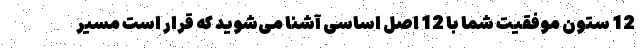
12 ستون موفقیت شما با 12 اصل اساسی آشنا می‌شوید که قرار است مسیر